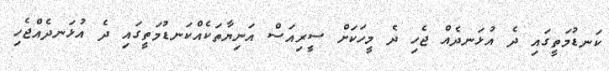
ކަނޑުމަތީގައި ދެ އުޅަނދެއް ޖެހި ދެ މީހަކަށް ސީރިއަސް އަނިޔާތަކެއްކަނޑުމަތީގައި ދެ އުޅަނދެއްޖެހި